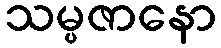
သမ္ပဇာနော